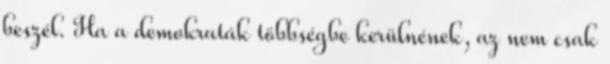
beszél. Ha a demokraták többségbe kerülnének, az nem csak